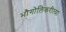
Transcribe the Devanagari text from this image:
भौगोलिकरीत्या